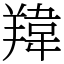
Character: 䍷